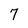
Character: 7